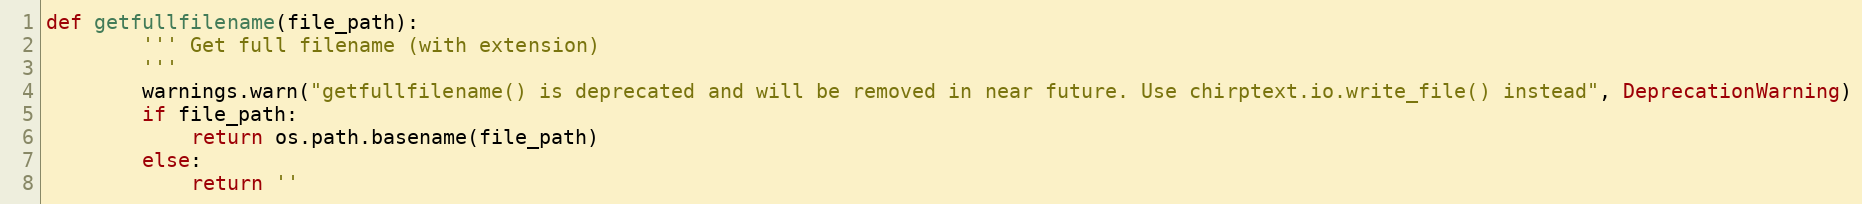
Language: Python
def getfullfilename(file_path):
        ''' Get full filename (with extension)
        '''
        warnings.warn("getfullfilename() is deprecated and will be removed in near future. Use chirptext.io.write_file() instead", DeprecationWarning)
        if file_path:
            return os.path.basename(file_path)
        else:
            return ''